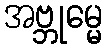
အဗ္ဘုမ္မေ